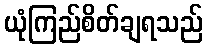
ယုံကြည်စိတ်ချရသည်